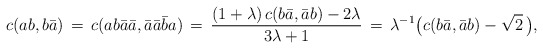
\begin{align*} c(ab,b\bar{a}) \, = \, c(ab\bar{a}\bar{a},\bar{a}\bar{a}\bar{b}a) \, = \, \frac{(1+\lambda)\, c(b\bar{a},\bar{a} b)-2\lambda}{3\lambda+1} \, = \, \lambda^{-1}\bigl(c(b\bar{a},\bar{a}b)-\sqrt{2}\,\bigr),\end{align*}